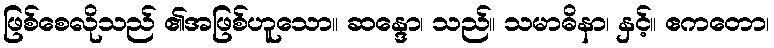
ဖြစ်စေလိုသည် ၏အဖြစ်ဟူသော။ ဆန္ဒော၊ သည်။ သမာဓိနာ၊ နှင့်။ ဧကတော၊